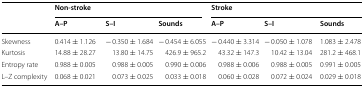
| <ROWSPAN=2>  | <COLSPAN=3> Non-stroke | <COLSPAN=3> Stroke |
 | A–P | S–I | Sounds | A–P | S–I | Sounds |
 | --- | --- | --- | --- | --- | --- | --- |
 | Skewness | 0.414 ± 1.126 | − 0.350 ± 1.684 | − 0.454 ± 6.055 | − 0.440 ± 3.314 | − 0.050 ± 1.078 | 1.083 ± 2.478 |
 | Kurtosis | 14.88 ± 28.27 | 13.80 ± 14.75 | 426.9 ± 965.2 | 43.32 ± 147.3 | 10.42 ± 13.04 | 281.2 ± 468.1 |
 | Entropy rate | 0.988 ± 0.005 | 0.988 ± 0.005 | 0.990 ± 0.006 | 0.988 ± 0.006 | 0.988 ± 0.005 | 0.991 ± 0.005 |
 | L–Z complexity | 0.068 ± 0.021 | 0.073 ± 0.025 | 0.033 ± 0.018 | 0.060 ± 0.028 | 0.072 ± 0.024 | 0.029 ± 0.018 |